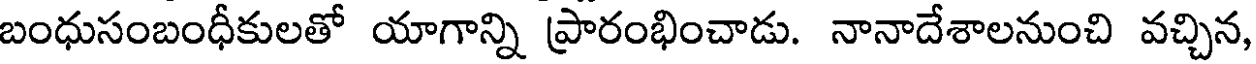
బంధుసంబంధీకులతో యాగాన్ని ప్రారంభించాడు. నానాదేశాలనుంచి వచ్చిన,